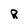
Character: R